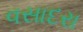
વસાદરા